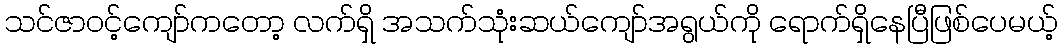
သင်ဇာဝင့်ကျော်ကတော့ လက်ရှိ အသက်သုံးဆယ်ကျော်အရွယ်ကို ရောက်ရှိနေပြီဖြစ်ပေမယ့်